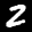
Label: 2